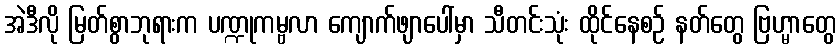
အဲဒီလို မြတ်စွာဘုရားက ပဏ္ဍုကမ္ဗလာ ကျောက်ဖျာပေါ်မှာ သီတင်းသုံး ထိုင်နေစဉ် နတ်တွေ ဗြဟ္မာတွေ